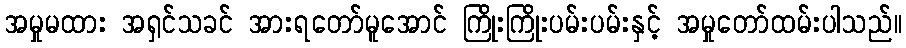
အမှုမထား အရှင်သခင် အားရတော်မူအောင် ကြိုးကြိုးပမ်းပမ်းနှင့် အမှုတော်ထမ်းပါသည်။